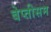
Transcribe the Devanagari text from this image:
बेप्तीसम